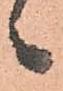
候